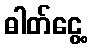
ဓါတ်ငွေ့